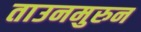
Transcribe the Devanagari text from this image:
ताउनमुरुन